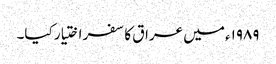
۱۹۸۹ء میں عراق کا سفر اختیار کیا۔